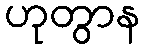
ဟုတွာန